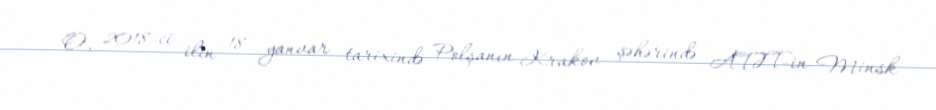
O, 2018-ci ilin 18 yanvar tarixində Polşanın Krakov şəhərində ATƏT-in Minsk